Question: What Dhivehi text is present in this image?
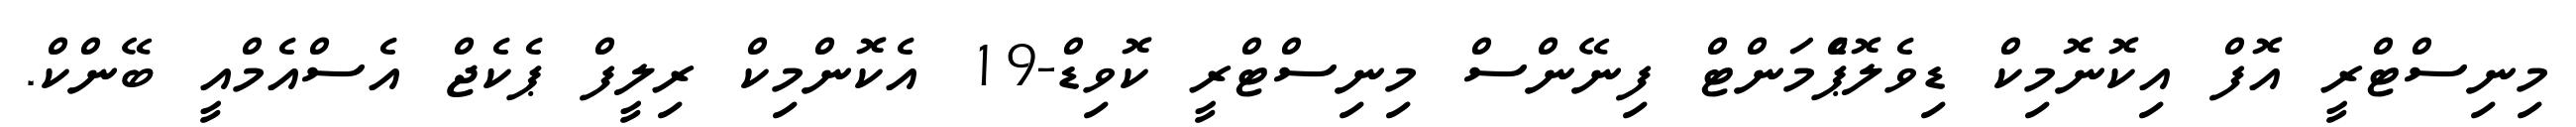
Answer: މިނިސްޓްރީ އޮފް އިކޮނޮމިކް ޑިވެލޮޕްެމަންޓް ފިނޭންސް މިނިސްޓްރީ ކޮވިޑް-19 އެކޮންމިކް ރިލީފް ޕެކެޖް އެސްއެމްއީ ބޭންކް.